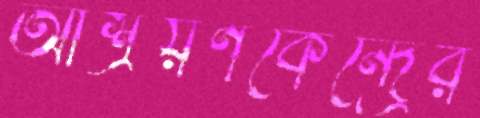
আশ্রয়ণকেন্দ্রের